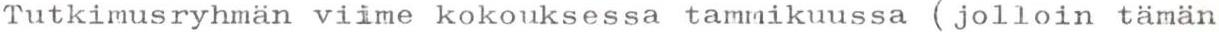
Tutkimusryhmän viime kokouksessa tammikuussa (jolloin tämän